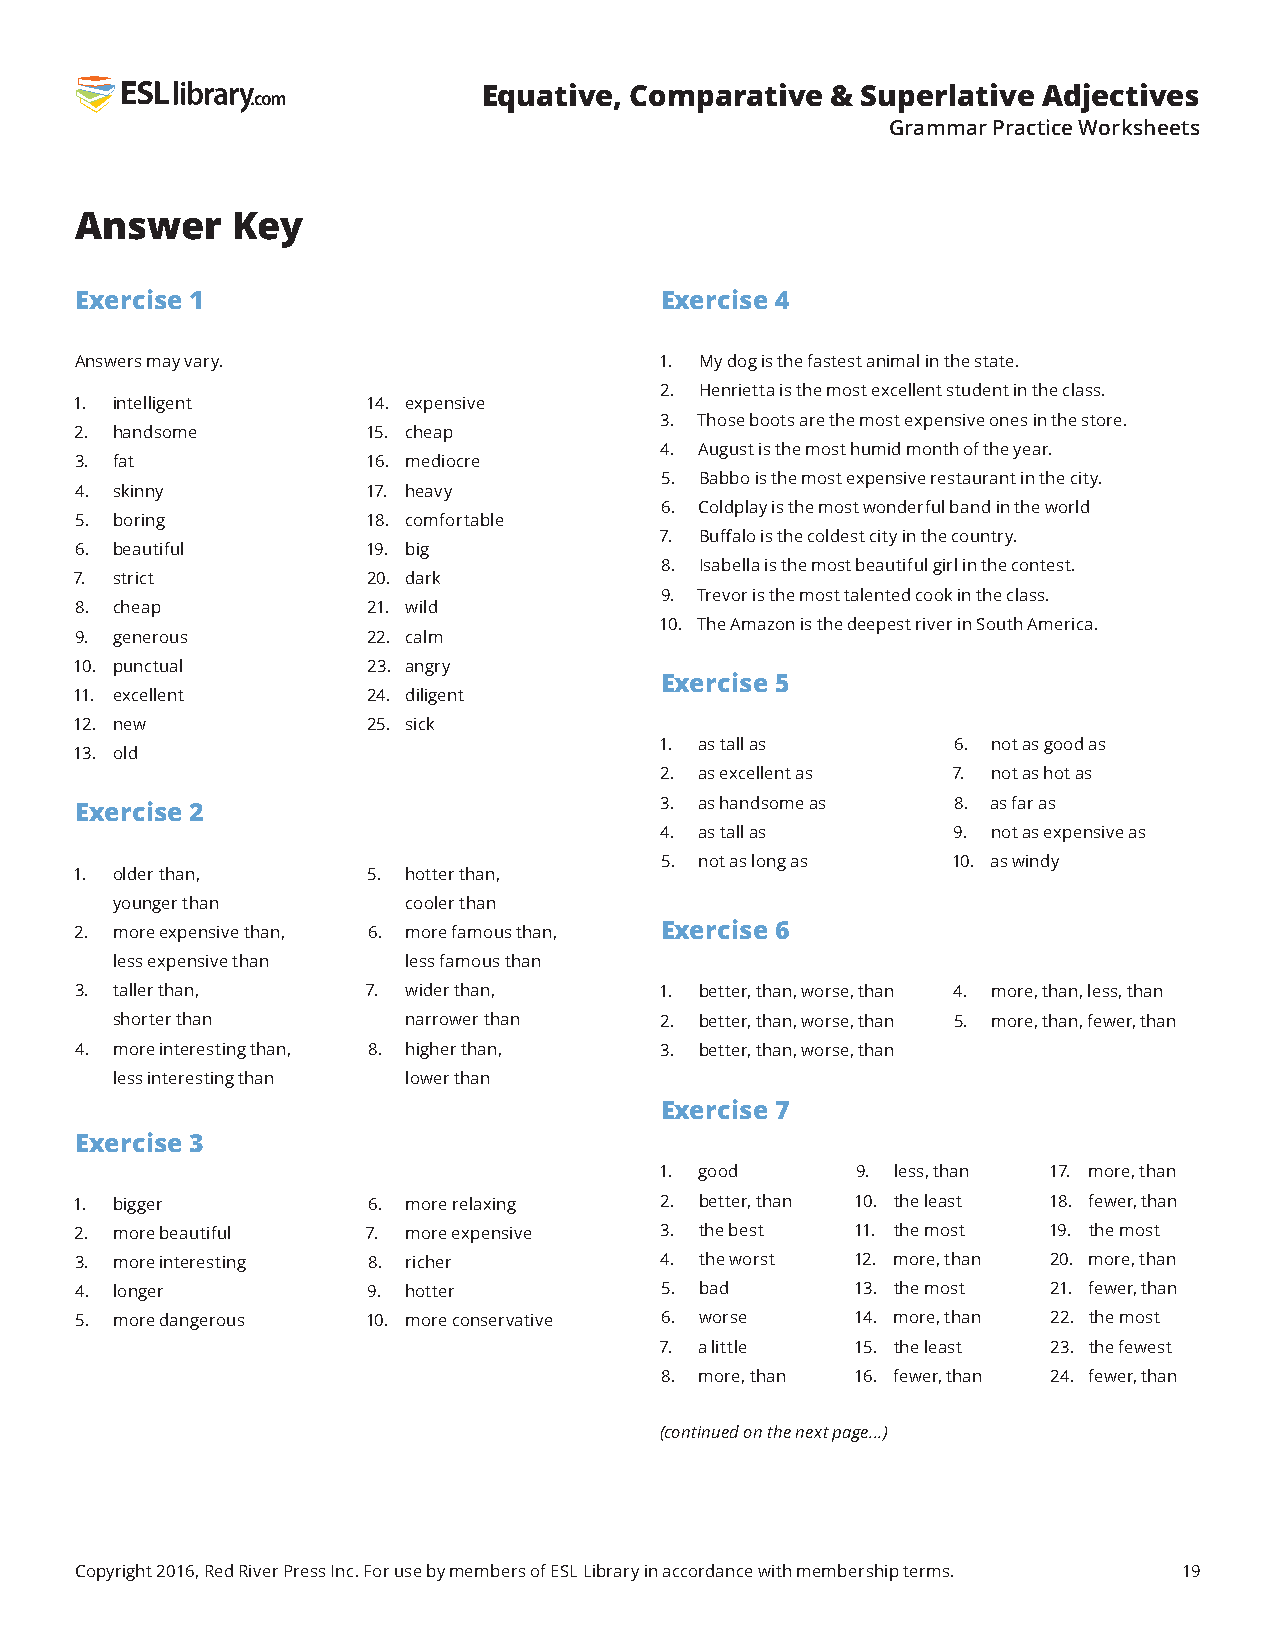
Equative, Comparative  & Superlative Adjectives
 Grammar Practice Worksheets
 Answer    Key
 Exercise 1                             Exercise 4
 Answers may vary.                      1. My dog is the fastest animal in the state.
 2. Henrietta is the most excellent student in the class.
 1. intelligent     14. expensive
 3. Those boots are the most expensive ones in the store.
 2. handsome        15. cheap
 4. August is the most humid month of the year.
 3. fat             16. mediocre
 5. Babbo is the most expensive restaurant in the city.
 4. skinny          17. heavy
 6. Coldplay is the most wonderful band in the world
 5. boring          18. comfortable
 7. Buffalo is the coldest city in the country.
 6. beautiful       19. big
 8. Isabella is the most beautiful girl in the contest.
 7. strict          20. dark
 9. Trevor is the most talented cook in the class.
 8. cheap           21. wild
 10. The Amazon is the deepest river in South America.
 9. generous        22. calm
 10. punctual       23. angry
 Exercise 5
 11. excellent      24. diligent
 12. new            25. sick
 1. as tall as      6. not as good as
 13. old
 2. as excellent as 7. not as hot as
 3. as handsome as  8. as far as
 Exercise 2
 4. as tall as      9. not as expensive as
 5. not as long as  10. as windy
 1. older than,     5. hotter than,
 younger than        cooler than
 2. more expensive than, 6. more famous than, Exercise 6
 less expensive than less famous than
 3. taller than,    7. wider than,      1. better, than, worse, than 4. more, than, less, than
 shorter than        narrower than    2. better, than, worse, than 5. more, than, fewer, than
 4. more interesting than, 8. higher than, 3. better, than, worse, than
 less interesting than lower than
 Exercise 7
 Exercise 3
 1. good      9. less, than 17. more, than
 1. bigger          6. more relaxing    2. better, than 10. the least 18. fewer, than
 2. more beautiful  7. more expensive   3. the best  11. the most 19. the most
 3. more interesting 8. richer          4. the worst 12. more, than 20. more, than
 4. longer          9. hotter           5. bad       13. the most 21. fewer, than
 5. more dangerous  10. more conservative 6. worse   14. more, than 22. the most
 7. a little  15. the least 23. the fewest
 8. more, than 16. fewer, than 24. fewer, than
 (continued on the next page...)
 Copyright 2016, Red River Press Inc. For use by members of ESL Library in accordance with membership terms. 19